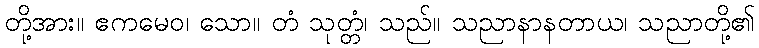
တို့အား။ ဧကမေဝ၊ သော။ တံ သုတ္တံ၊ သည်။ သညာနာနတာယ၊ သညာတို့၏